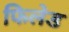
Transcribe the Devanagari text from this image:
फिलेड